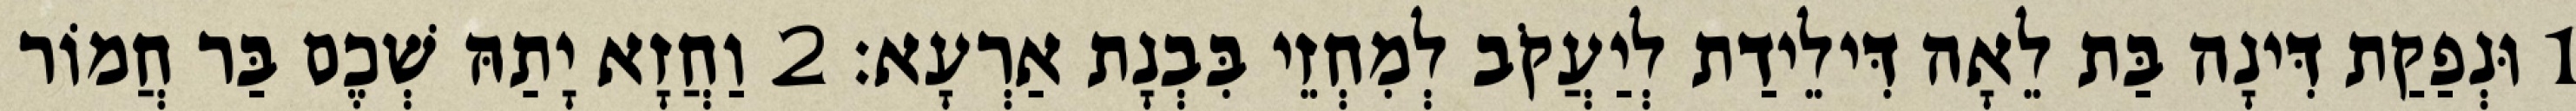
1 וּנְפַקַת דִּינָה בַּת לֵאָה דִּילֵידַת לְיַעֲקֹב לְמִחְזֵי בִּבְנָת אַרְעָא׃ 2 וַחֲזָא יָתַהּ שְׁכֶם בַּר חֲמוֹר